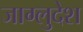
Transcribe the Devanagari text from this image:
जाग्लुदेश